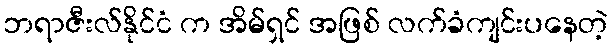
ဘရာဇီးလ်နိုင်ငံ က အိမ်ရှင် အဖြစ် လက်ခံကျင်းပနေတဲ့